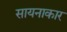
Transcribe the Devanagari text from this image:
सायनाकार